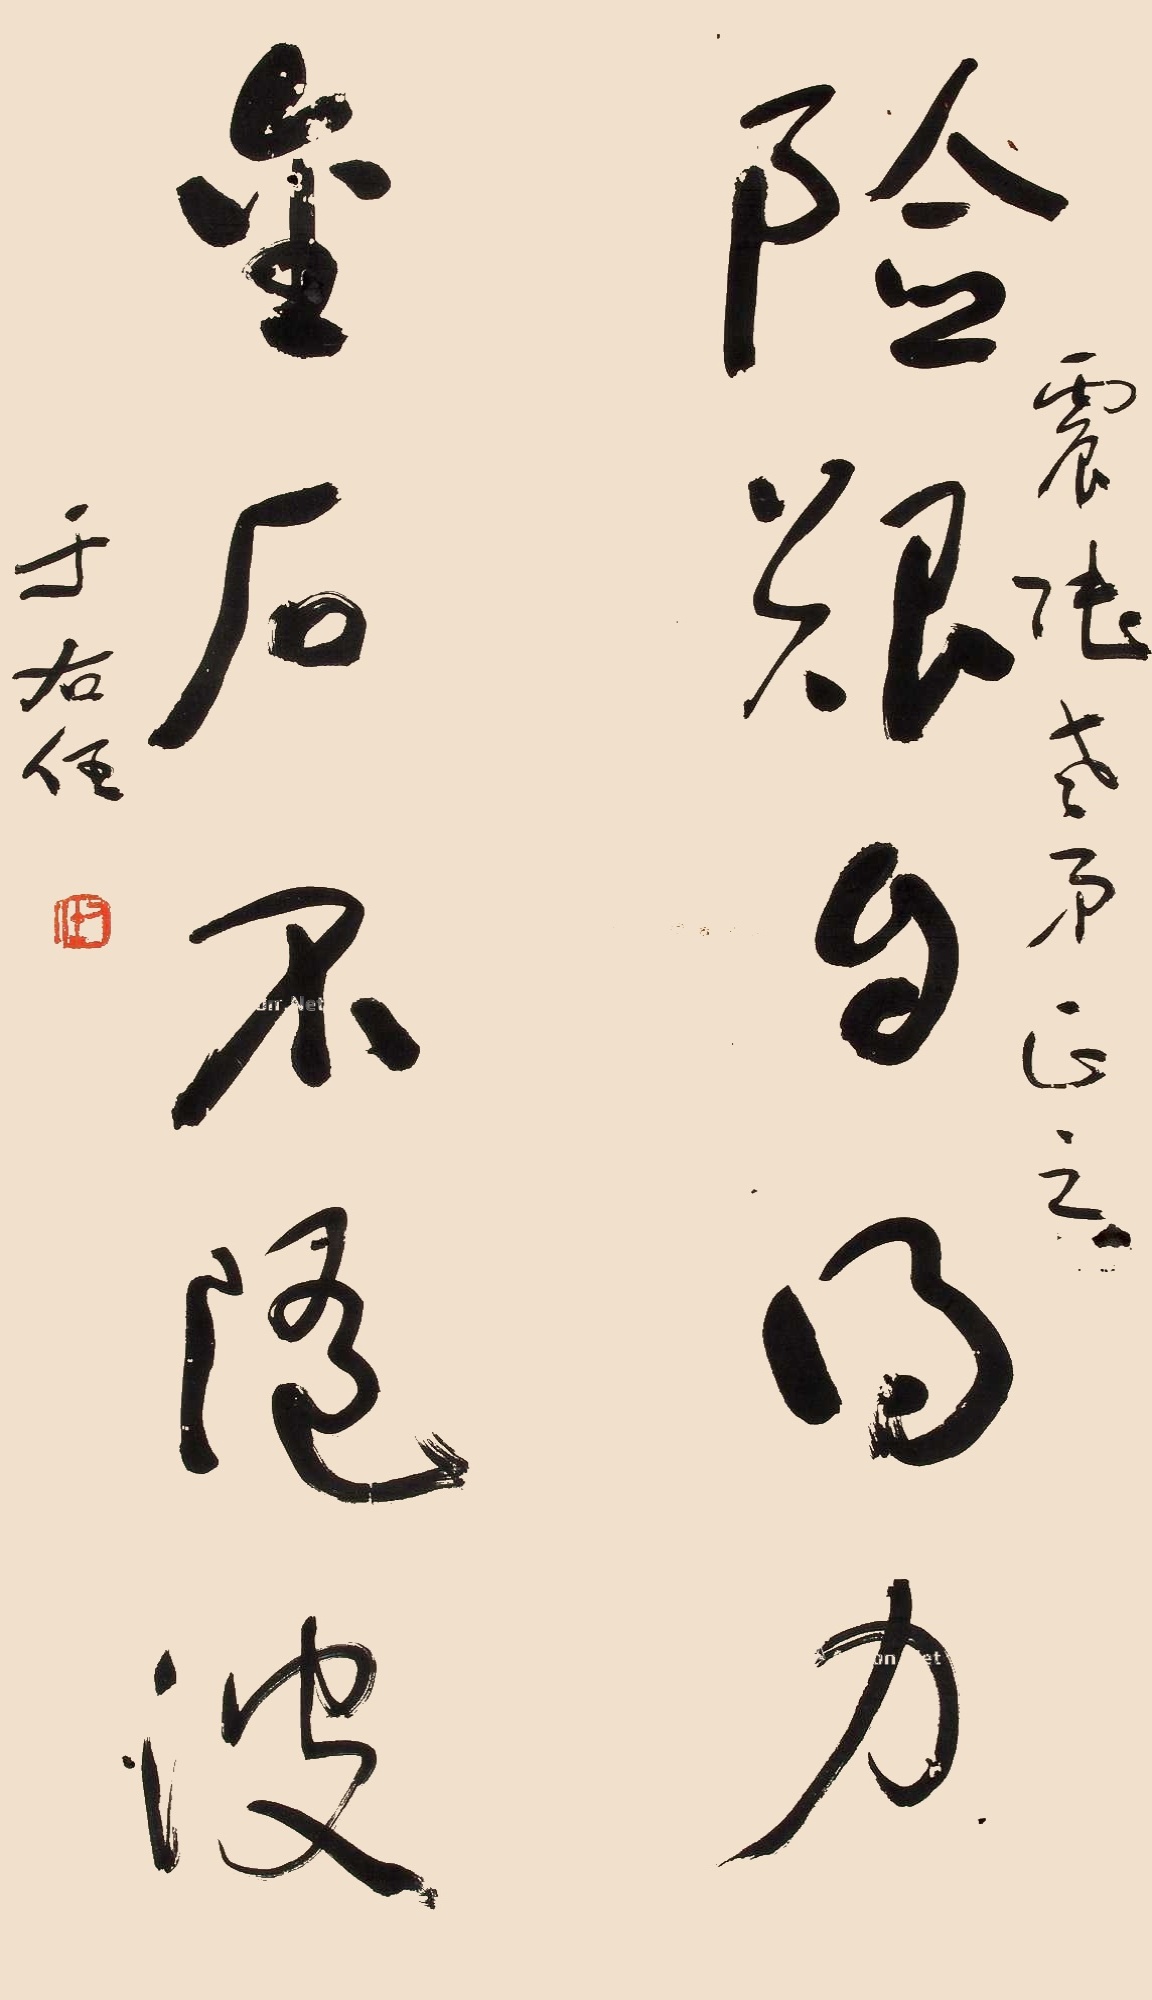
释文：险艰自得力，金石不随波。震张老弟正之，于右任。